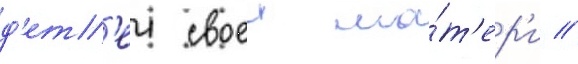
д'ет'еи своеи ма́т'ер'и //